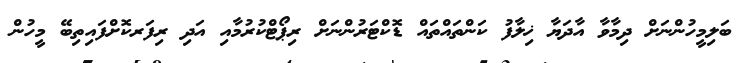
ބަލިމީހުންނަށް ދިމާވާ އާދަޔާ ޚިލާފު ކަންތައްތައް ޑޮކްޓަރުންނަށް ރިޕޯޓްކުރުމާއި އަދި ރިފަރކޮށްފައިތިބޭ މީހުން